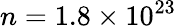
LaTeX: n=1.8\times 10^{23}